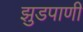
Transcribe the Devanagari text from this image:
झुडपाणी